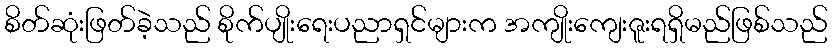
စိတ်ဆုံးဖြတ်ခဲ့သည် စိုက်ပျိုးရေးပညာရှင်များက အကျိုးကျေးဇူးရရှိမည်ဖြစ်သည်